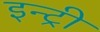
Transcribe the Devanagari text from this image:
इन्ट्री